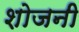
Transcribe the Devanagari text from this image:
शोजनी